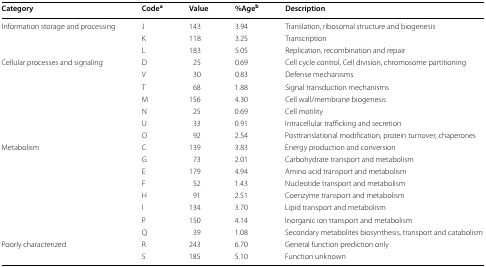
| Category | Codea | Value | %Ageb | Description |
 | --- | --- | --- | --- | --- |
 | <ROWSPAN=3> Information storage and processing | J | 143 | 3.94 | Translation, ribosomal structure and biogenesis |
 | K | 118 | 3.25 | Transcription |
 | L | 183 | 5.05 | Replication, recombination and repair |
 | <ROWSPAN=7> Cellular processes and signaling | D | 25 | 0.69 | Cell cycle control, Cell division, chromosome partitioning |
 | V | 30 | 0.83 | Defense mechanisms |
 | T | 68 | 1.88 | Signal transduction mechanisms |
 | M | 156 | 4.30 | Cell wall/membrane biogenesis |
 | N | 25 | 0.69 | Cell motility |
 | U | 33 | 0.91 | Intracellular trafficking and secretion |
 | O | 92 | 2.54 | Posttranslational modification, protein turnover, chaperones |
 | <ROWSPAN=8> Metabolism | C | 139 | 3.83 | Energy production and conversion |
 | G | 73 | 2.01 | Carbohydrate transport and metabolism |
 | E | 179 | 4.94 | Amino acid transport and metabolism |
 | F | 52 | 1.43 | Nucleotide transport and metabolism |
 | H | 91 | 2.51 | Coenzyme transport and metabolism |
 | I | 134 | 3.70 | Lipid transport and metabolism |
 | P | 150 | 4.14 | Inorganic ion transport and metabolism |
 | Q | 39 | 1.08 | Secondary metabolites biosynthesis, transport and catabolism |
 | <ROWSPAN=2> Poorly characterized | R | 243 | 6.70 | General function prediction only |
 | S | 185 | 5.10 | Function unknown |